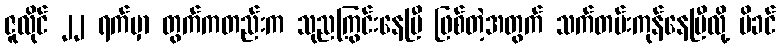
ဇူလိုင် ၂၂ ရက်မှာ တွက်ကတည်းက သုညကြွင်းနေပြီ ဖြစ်တဲ့အတွက် သက်တမ်းကုန်နေပြီလို့ မိခင်